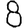
Digit: 8